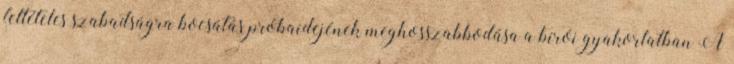
feltételes szabadságra bocsátás próbaidejének meghosszabbodása a bírói gyakorlatban A